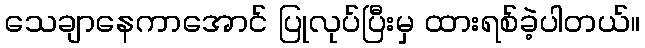
သေချာနေကာအောင် ပြုလုပ်ပြီးမှ ထားရစ်ခဲ့ပါတယ်။